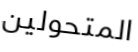
المتحولين